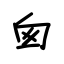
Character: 囱